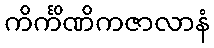
ကိင်္ကိဏိကဇာလာနံ